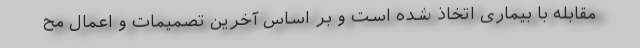
مقابله با بیماری اتخاذ شده است و بر اساس آخرین تصمیمات و اعمال مح